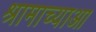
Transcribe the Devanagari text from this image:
श्रामाच्याआ